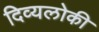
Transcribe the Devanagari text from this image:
दिव्यलोकी